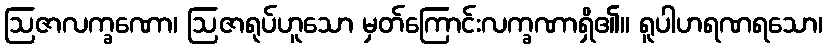
ဩဇာလက္ခဏော၊ ဩဇာရုပ်ဟူသော မှတ်ကြောင်းလက္ခဏာရှိ၏။ ရူပါဟရဏရသော၊